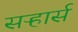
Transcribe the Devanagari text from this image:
सऱ्हार्स